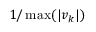
1 / \operatorname* { m a x } ( | v _ { k } | )